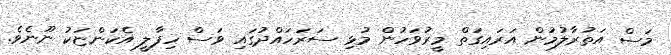
މަސް އަތުރާލުމުން އަރައިގަތް މީރުވަހުން މުޅި ސަރަހައްދުގައި ވަސް ހިފާލީ އެކަންޏަކު ނޫނެވެ.